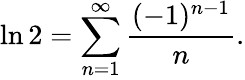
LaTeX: \ln 2=\sum_{n=1}^{\infty}{\frac{(-1)^{n-1}}{n}}.